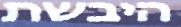
היבשת